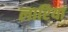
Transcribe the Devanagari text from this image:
लारियां